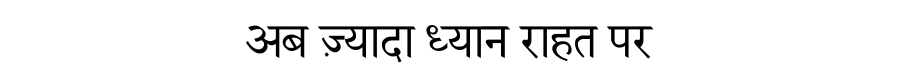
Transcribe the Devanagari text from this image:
अब ज़्यादा ध्यान राहत पर